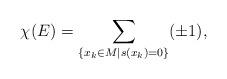
LaTeX: \begin{align*}\chi(E) = \sum_{\{x_{k}\in M \vert s(x_{k})=0\}}(\pm 1), \end{align*}